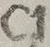
Text: C1